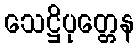
သေဋ္ဌိပုတ္တေန